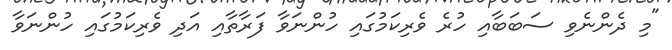
"މި ދެންނެވި ސަބަބާއި ހުރެ ވެރިކަމުގައި ހުންނަވާ ފަރާތާއި އަދި ވެރިކަމުގައި ހުންނަވާ